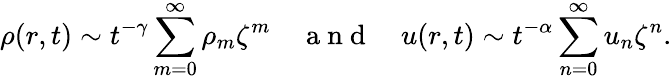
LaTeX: \rho(r,t)\sim t^{-\gamma}\sum_{m=0}^{\infty}\rho_{m}\zeta^{m}\quad\mathrm{~a~n~d~}\quad u(r,t)\sim t^{-\alpha}\sum_{n=0}^{\infty}u_{n}\zeta^{n}.